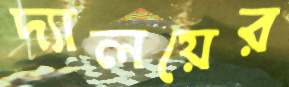
দ্যালয়ের